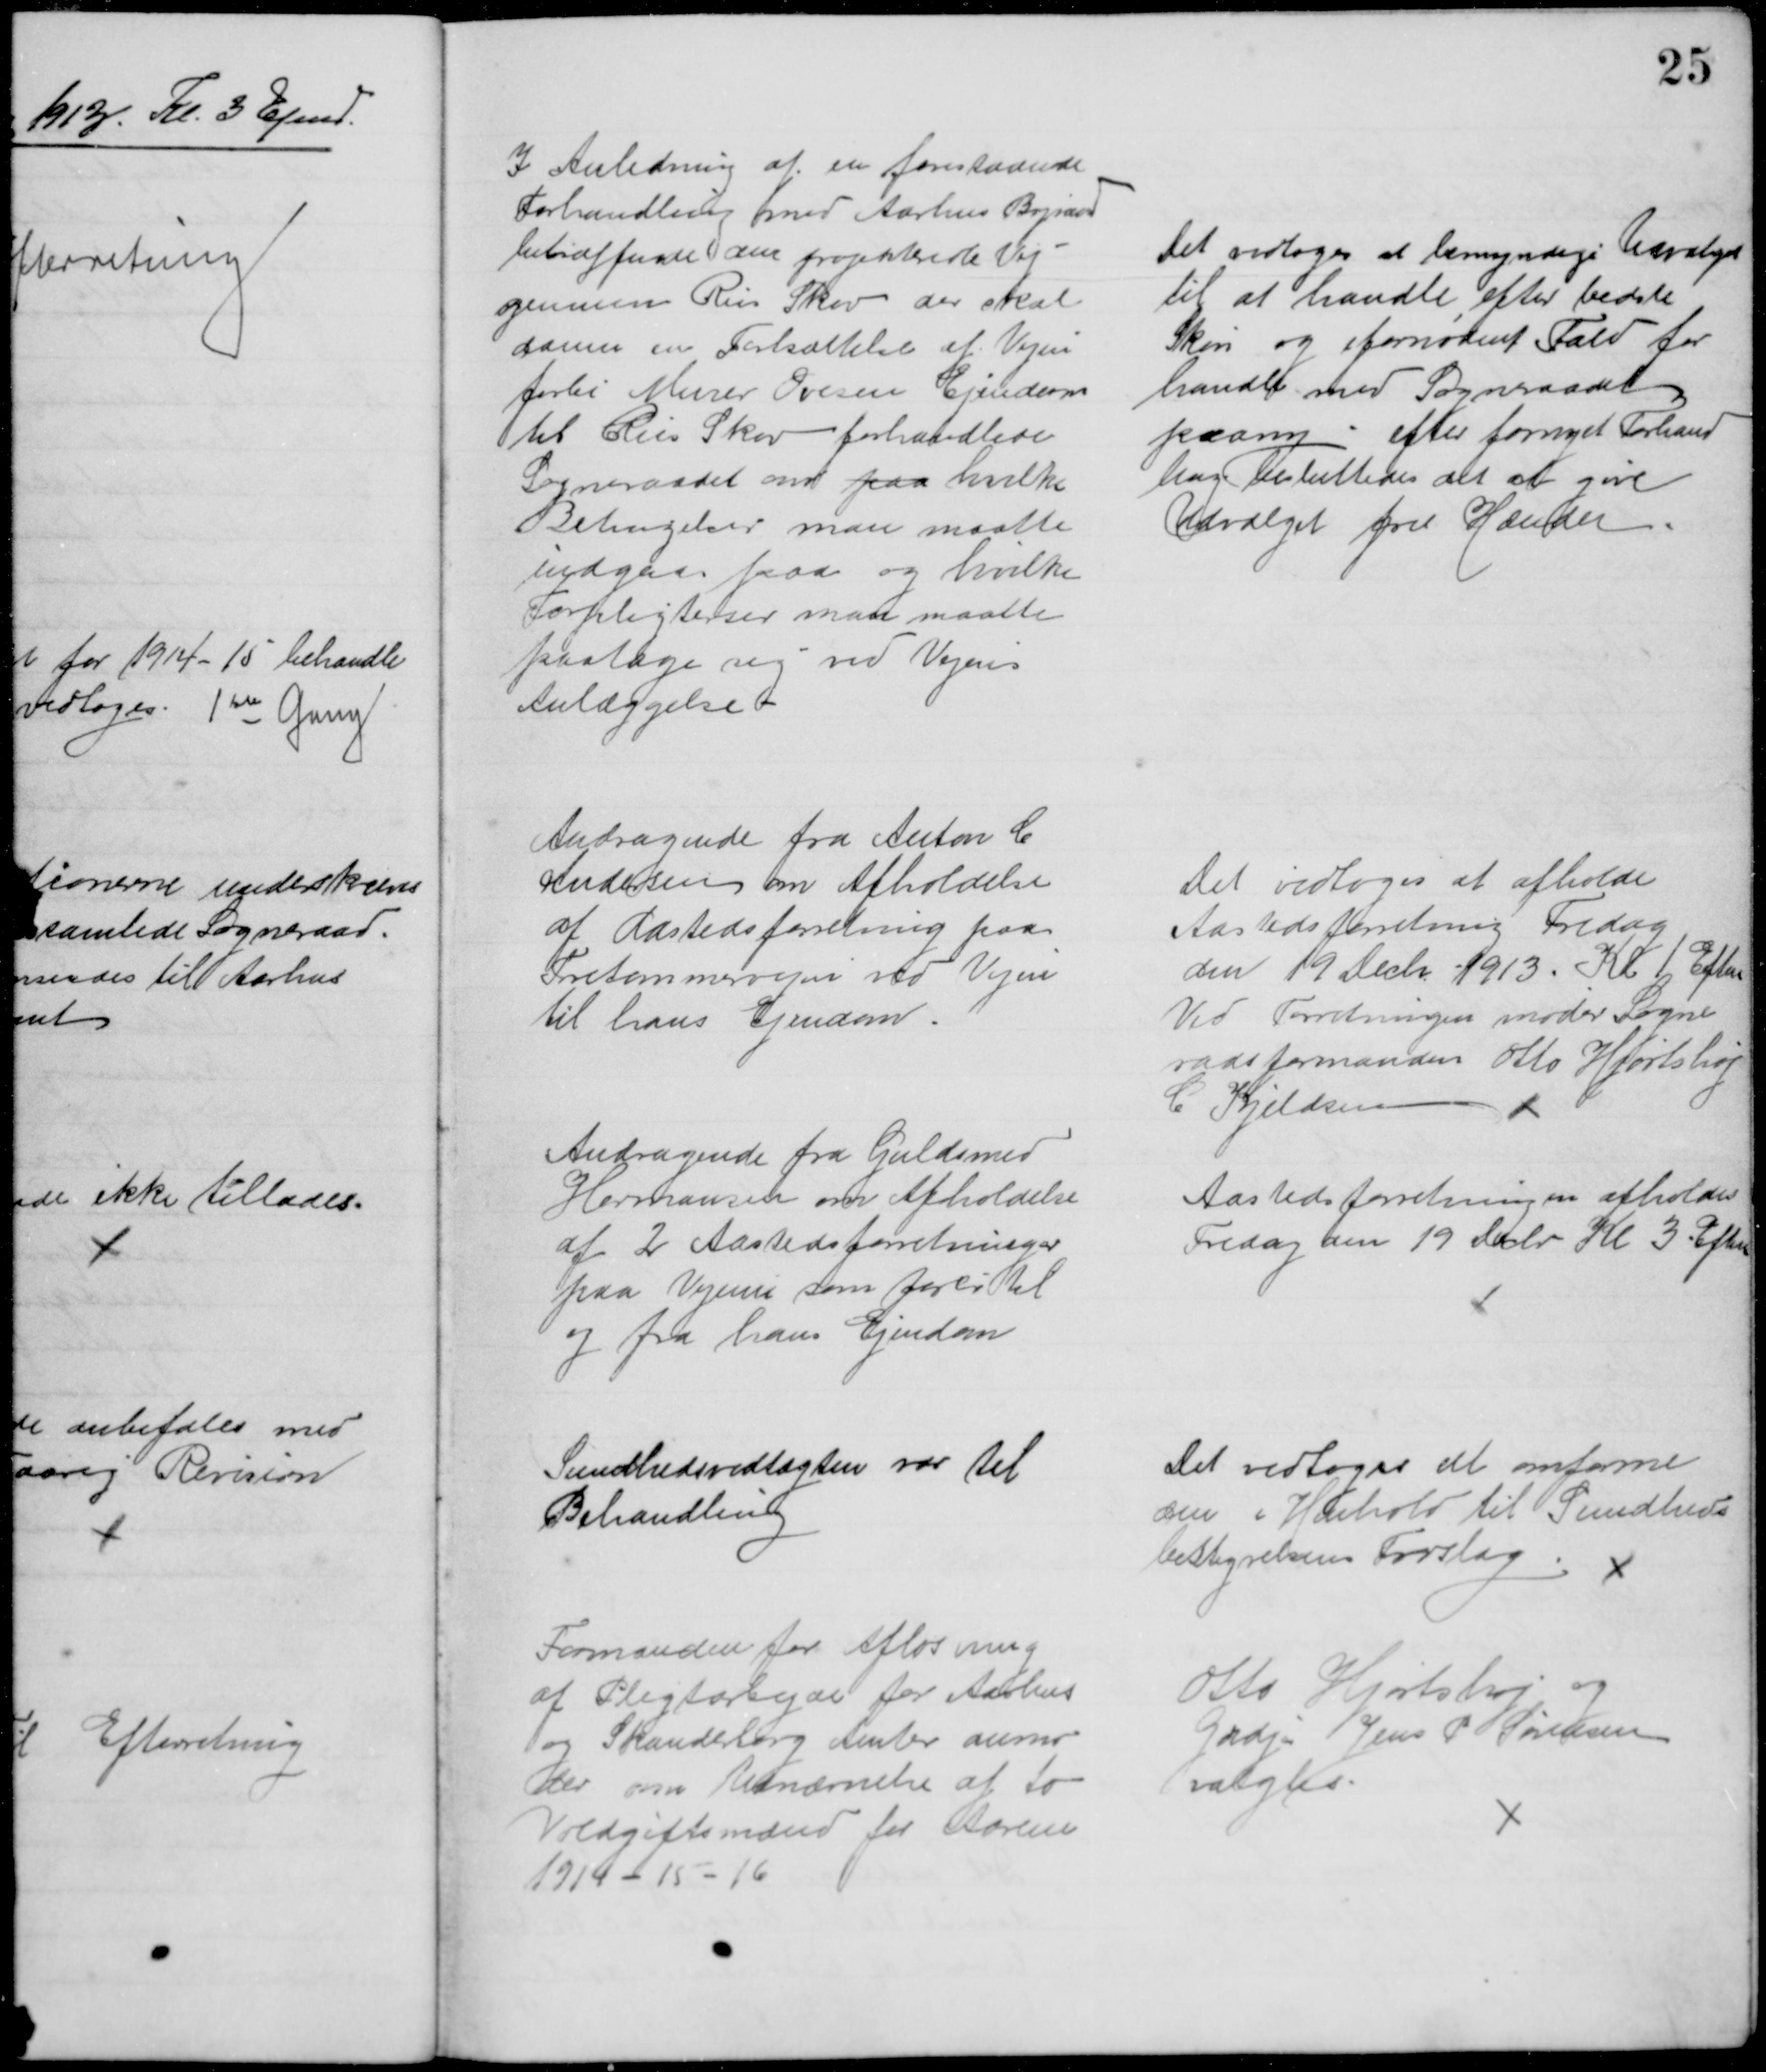
Transskription:
I Anledning af en forestaaende
Forhandling med Aarhus Byraad
betræffende den projekterede Vej
gennem Riis Skov der skal
danne en Fortsættelse af Vejen
forbi Murer Ovesen Ejendom
til Riis Skov forhandlede
Sogneraadet om paa hvilke
Betingelser man maatte
indgaa paa og hvilke
Forpligterser man maatte
paatage sig ved Vejens
Anlæggelse
Det vedtoges at bemyndige Udvalget
til at handle efter bedste
Skøn og ifornødent Fald for
handle med Sogneraadet
paany - efter fornyet Forhand
ling besluttedes det at give
Udvalget frie Hænder.
Andragende fra Anton C.
Andersen om Afholdelse
af Aastedsforretning paa
Tretommervejen ved Vejen
til hans Ejendom.
Det vedtoges at afholde
Aastedsforretning Fredag
den 19 Decbr 1913. Kl. 1 Eftm
Ved Forretningen møder Sogne
raadsformanden Otto Hjortshøj
C. Kjeldsen
Andragende fra Guldsmed
Hermansen om Afholdelse
af 2 Aastedsforretninger
paa Vejene som fører til
og fra hans Ejendom
Aastedsforretningen afholdes
Fredag den 19 Decbr. Kl 3 Eftm
Sundhedsvedtægten var til
Behandling
Det vedtoges at omforme
den i Henhold til Sundheds
bestyrelsens Forslag.
Formanden for Afløsning
af Pligtarbejde for Aarhus
og Skanderborg Amter anmo-
der om Udnævnelse af to
Voldgiftsmænd for Aarene
1914 -15 -16
Otto Hjortshøj og
Grdjr Jens P Sørensen
valgtes.